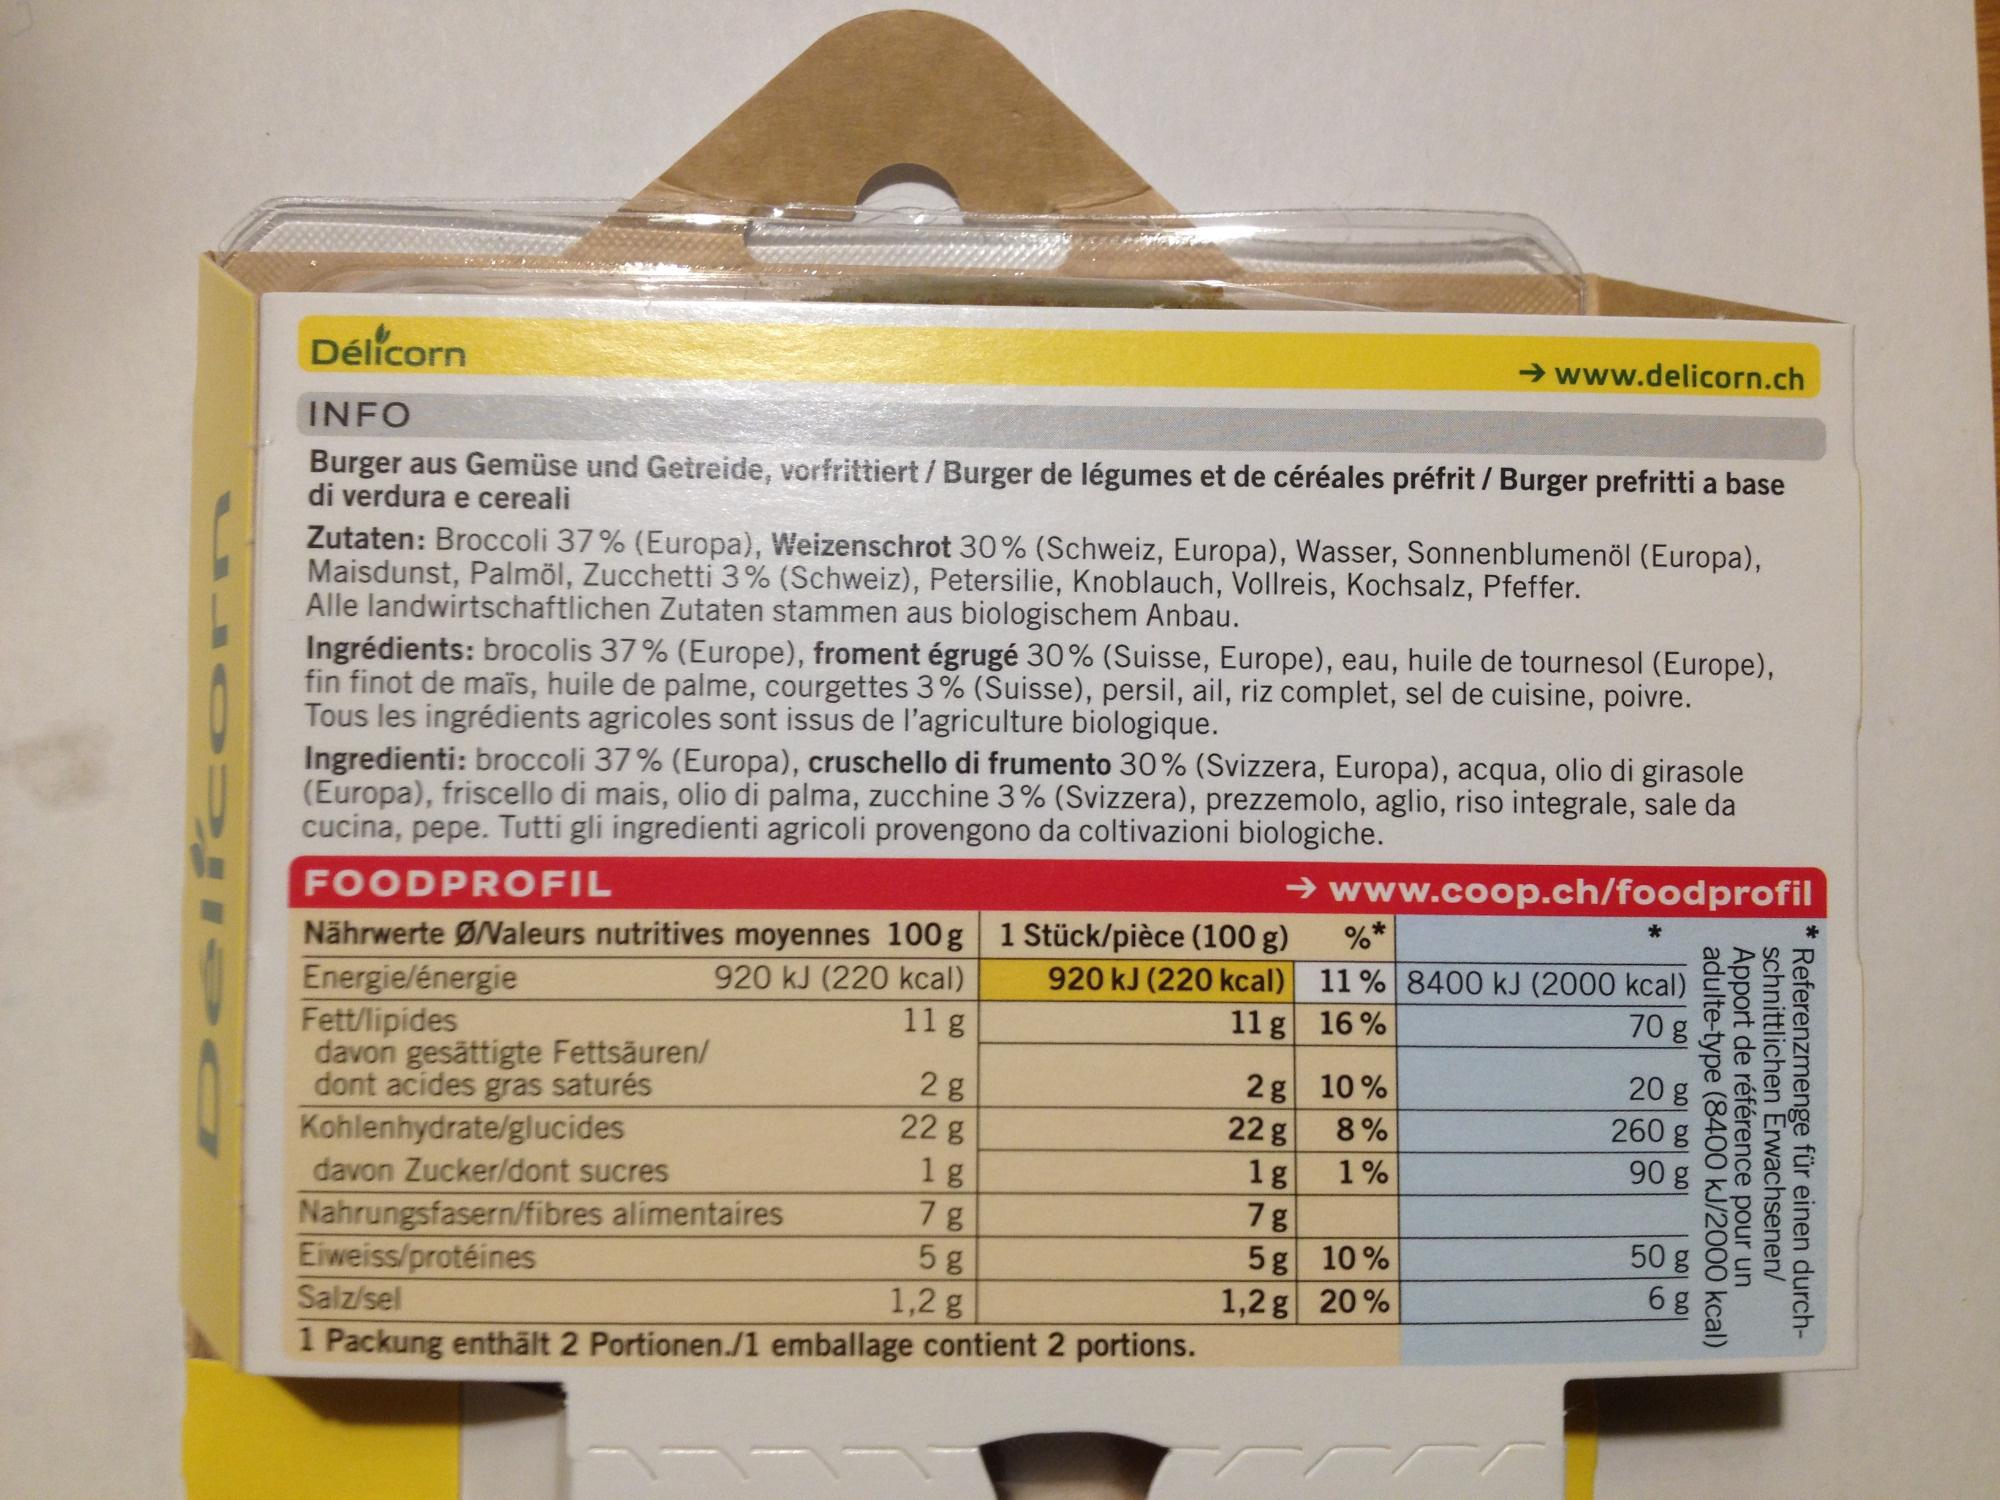
O
Délicorn
INFO
Burger aus Gemüse und Getreide, vorfrittiert / Burger de légumes et de céréales préfrit / Burger prefritti a base di verdura e cereali
Zutaten: Broccoli 37% (Europa), Weizenschrot 30% (Schweiz, Europa), Wasser, Sonnenblumenöl (Europa), Maisdunst, Palmöl, Zucchetti 3% (Schweiz), Petersilie, Knoblauch, Vollreis, Kochsalz, Pfeffer. Alle landwirtschaftlichen Zutaten stammen aus biologischem Anbau.
Ingrédients: brocolis 37% (Europe), froment égrugé 30% (Suisse, Europe), eau, huile de tournesol (Europe), fin finot de maïs, huile de palme, courgettes 3% (Suisse), persil, ail, riz complet, sel de cuisine, poivre. Tous les ingrédients agricoles sont issus de l'agriculture biologique.
Ingredienti: broccoli 37% (Europa), cruschello di frumento 30% (Svizzera, Europa), acqua, olio di girasole (Europa), friscello di mais, olio di palma, zucchine 3% (Svizzera), prezzemolo, aglio, riso integrale, sale da cucina, pepe. Tutti gli ingredienti agricoli provengono da coltivazioni biologiche.
FOODPROFIL
→www.coop.ch/foodprofil
Nährwerte Ø/Valeurs nutritives moyennes 100g 1 Stück/pièce (100 g) Energie/énergie 920 kJ (220 kcal)
920 kJ (220 kcal) 11 g
11 g
Fett/lipides
davon gesättigte Fettsäuren/
dont acides gras saturés Kohlenhydrate/glucides
davon Zucker/dont sucres
28
22 g
1 g
7 g
5g
1,2 g
Salz/sel
1 Packung enthält 2 Portionen./1 emballage contient 2 portions.
Nahrungsfasern/fibres alimentaires
Eiweiss/protéines
→www.delicorn.ch
2 g
22 g
%*
11% 8400 kJ (2000 kcal)
16%
10%
8%
1%
1g
7 g
5g 10%
1,2 g 20%
70 g
20
260
g
g
90 g
50 g
loa loa
6 g
Apport de référence pour un schnittlichen Erwachsenen/ adulte-type (8400 kJ/2000 kcal) Referenzmenge für einen durch